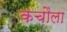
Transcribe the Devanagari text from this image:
कचौला